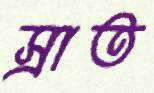
স্রাত